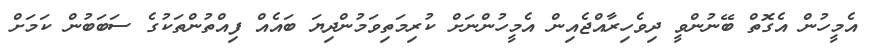
އެމީހުން އެގޮތް ބޭނުންވީ ދިވެހިރާއްޖެއިން އެމީހުންނަށް ކުރިމަތިވަމުންދިޔަ ބައެއް ފިއްތުންތަކުގެ ސަބަބުން ކަމަށް